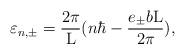
LaTeX: \begin{align*}\varepsilon_{n,{\pm }} = \frac{2\pi}{\rm L} (n{\hbar} - \frac{e_{\pm}b{\rm L}}{2\pi}),\end{align*}